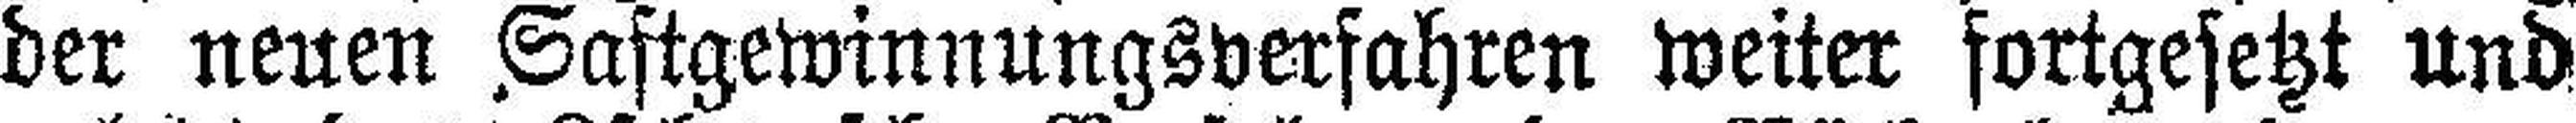
der neuen Saftgewinnungsverfahren weiter fortgesetzt und